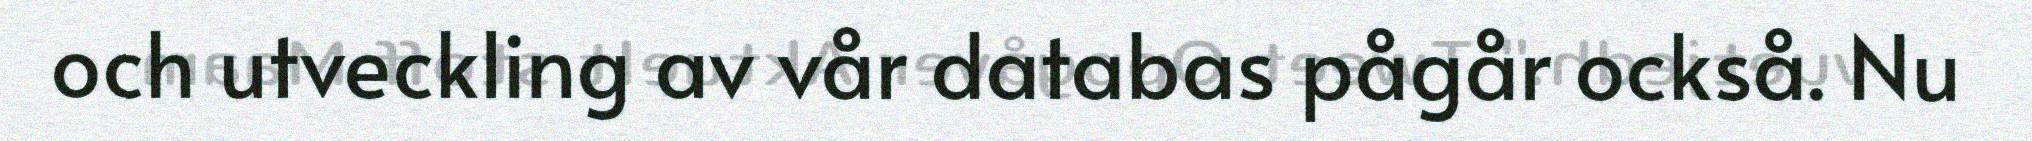
och utveckling av vår databas pågår också. Nu